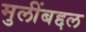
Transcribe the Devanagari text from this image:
मुलींबद्दल